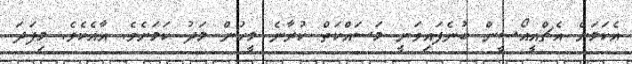
އެކަމަށް އެޗްއީއޯސީން ބުނެފައިވަނީ މަސައްކަތް ކުރާނެ މީހުން މަދު ކަމަށެވެ. އާއެކެވެ. މިފަދަ